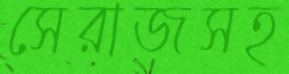
সেরাজসহ